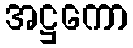
အဋ္ဌကော